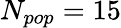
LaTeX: N_{pop}=15